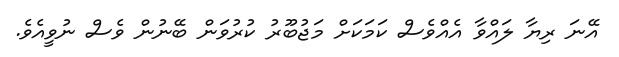
އޭނަ ރިޔާ ލައްވާ އެއްވެސް ކަމަކަށް މަޖުބޫރު ކުރުވަން ބޭނުން ވެސް ނުވީއެވެ.